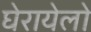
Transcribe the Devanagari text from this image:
घेरायेलो